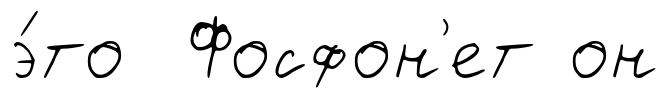
э́то Фосфон'ет он